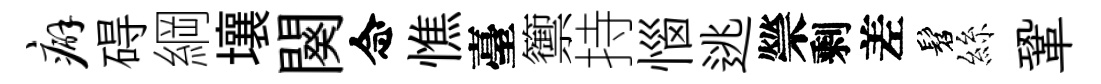
癖碍綱壤闋念憔臺籞持惱逃禜剩差髫絲鞏